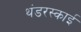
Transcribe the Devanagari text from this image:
थंडरस्काई